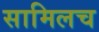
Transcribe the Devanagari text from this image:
सामिलच